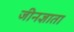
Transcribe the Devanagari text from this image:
जीनज्ञाता